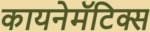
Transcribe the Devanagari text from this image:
कायनेमॅटिक्स